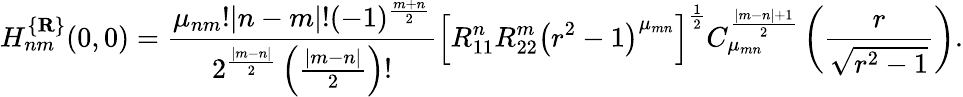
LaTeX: H_{nm}^{\{ {\mathbf R}\} }(0,0)=\frac{\mu_{nm}!|n-m|!(-1)^{\frac{m+n}2}}{2^{\frac{|m-n|}2}\left(\frac{|m-n|}2\right)!}\left[R_{11}^{n}R_{22}^{m}\left(r^{2}-1\right)^{\mu_{mn}}\right]^{\frac 12}C_{\mu_{mn}}^{\frac{|m-n|+1}2}\left(\frac r{\sqrt{r^{2}-1}}\right).